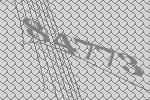
84773